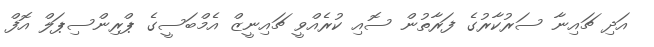
އަދި ޗައިނާ ސަރުކާރުގެ ފަރާތުން ސޮއި ކުރެއްވީ ޗައިނީޒް އެމްބަސީގެ ޕްރިންސިޕަލް އޮފް